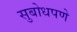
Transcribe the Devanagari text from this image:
सुबोधपणे